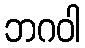
ဘဂဝါ